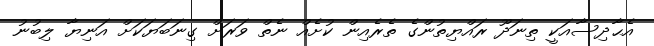
އެޙާދިސާއަކީ ތިނަދޫ ރައްޔިތުންގެ ތެރެއިން ކުށެއް ނެތް ވަރަށް ގިނަބަޔަކަށް އަނިޔާ ލިބުނު